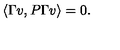
\langle \Gamma v , P \Gamma v \rangle = 0 .